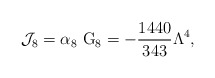
\begin{align*}{\cal J}_{8}=\alpha _{8}~{\rm G}_{8}=-\frac{1440}{343}\Lambda ^{4},\end{align*}